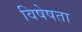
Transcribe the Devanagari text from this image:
विषेषता